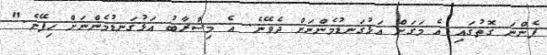
ފެންނަ ގޮތުގައި އެ މަގަށް އަޅުގަނޑުމެންނަށް ދެވޭނެ. އެ މިސްރާބު އަޅުގަނޑުމެންނަށް ހިފޭނެ."